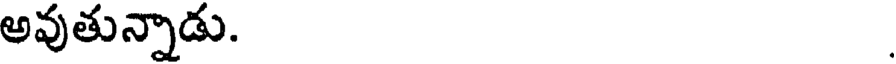
అవుతున్నాడు.